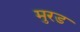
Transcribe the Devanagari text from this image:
मुरड